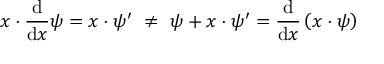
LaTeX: x \cdot { \frac { \mathrm { d } } { \mathrm { d } x } } \psi = x \cdot \psi ^ { \prime } \ \neq \ \psi + x \cdot \psi ^ { \prime } = { \frac { \mathrm { d } } { \mathrm { d } x } } \left( x \cdot \psi \right)